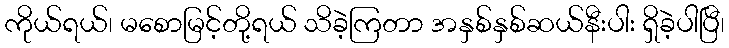
ကိုယ်ရယ်၊ မစောမြင့်တို့ရယ် သိခဲ့ကြတာ အနှစ်နှစ်ဆယ်နီးပါး ရှိခဲ့ပါပြီ၊